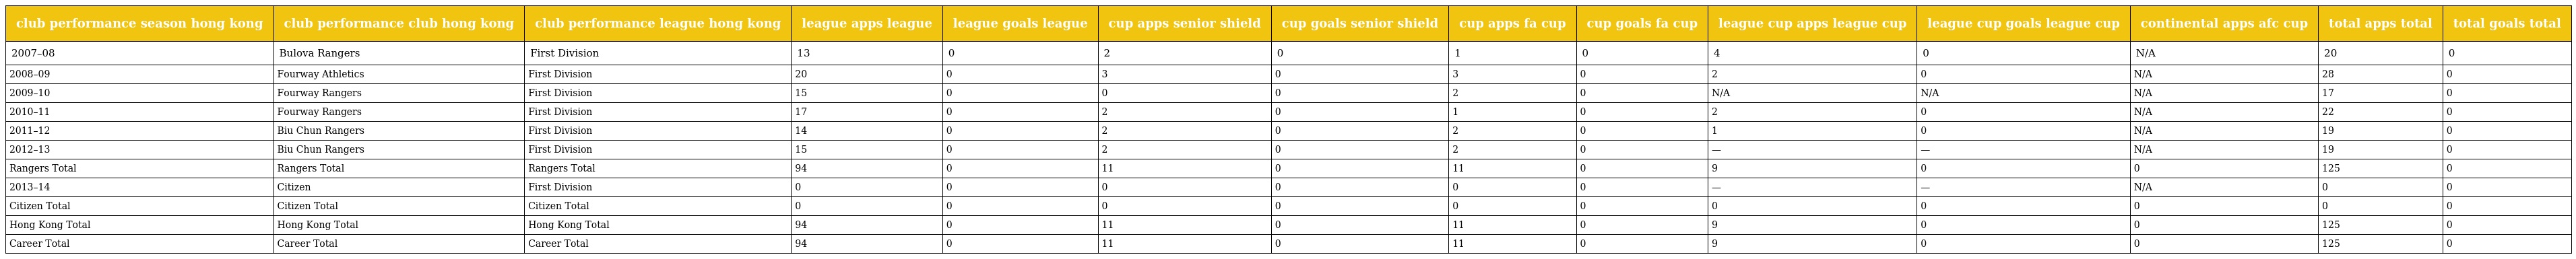
| club performance season hong kong | club performance club hong kong | club performance league hong kong | league apps league | league goals league | cup apps senior shield | cup goals senior shield | cup apps fa cup | cup goals fa cup | league cup apps league cup | league cup goals league cup | continental apps afc cup | total apps total | total goals total |
 | --- | --- | --- | --- | --- | --- | --- | --- | --- | --- | --- | --- | --- | --- |
 | 2007–08 | Bulova Rangers | First Division | 13 | 0 | 2 | 0 | 1 | 0 | 4 | 0 | N/A | 20 | 0 |
 | 2008–09 | Fourway Athletics | First Division | 20 | 0 | 3 | 0 | 3 | 0 | 2 | 0 | N/A | 28 | 0 |
 | 2009–10 | Fourway Rangers | First Division | 15 | 0 | 0 | 0 | 2 | 0 | N/A | N/A | N/A | 17 | 0 |
 | 2010–11 | Fourway Rangers | First Division | 17 | 0 | 2 | 0 | 1 | 0 | 2 | 0 | N/A | 22 | 0 |
 | 2011–12 | Biu Chun Rangers | First Division | 14 | 0 | 2 | 0 | 2 | 0 | 1 | 0 | N/A | 19 | 0 |
 | 2012–13 | Biu Chun Rangers | First Division | 15 | 0 | 2 | 0 | 2 | 0 | — | — | N/A | 19 | 0 |
 | Rangers Total | Rangers Total | Rangers Total | 94 | 0 | 11 | 0 | 11 | 0 | 9 | 0 | 0 | 125 | 0 |
 | 2013–14 | Citizen | First Division | 0 | 0 | 0 | 0 | 0 | 0 | — | — | N/A | 0 | 0 |
 | Citizen Total | Citizen Total | Citizen Total | 0 | 0 | 0 | 0 | 0 | 0 | 0 | 0 | 0 | 0 | 0 |
 | Hong Kong Total | Hong Kong Total | Hong Kong Total | 94 | 0 | 11 | 0 | 11 | 0 | 9 | 0 | 0 | 125 | 0 |
 | Career Total | Career Total | Career Total | 94 | 0 | 11 | 0 | 11 | 0 | 9 | 0 | 0 | 125 | 0 |